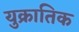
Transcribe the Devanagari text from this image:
युक्रातिक